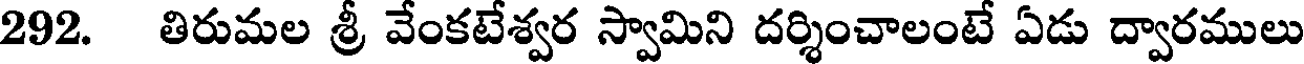
292. తిరుమల శ్రీ వేంకటేశ్వర స్వామిని దర్శించాలంటే ఏడు ద్వారములు